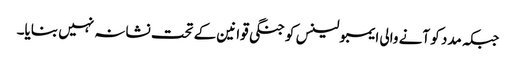
جبکہ مدد کو آنے والی ایمبولینس کو جنگی قوانین کے تحت نشانہ نہیں بنایا۔